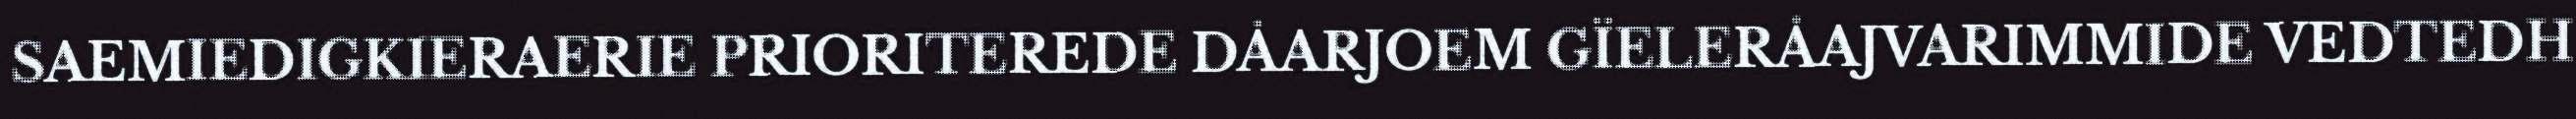
SAEMIEDIGKIERAERIE PRIORITEREDE DÅARJOEM GÏELERÅAJVARIMMIDE VEDTEDH